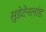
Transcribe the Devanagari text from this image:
सुडेटेनलांड